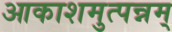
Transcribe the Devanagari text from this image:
आकाशमुत्पन्नम्‌